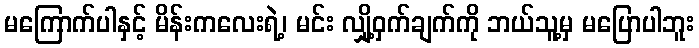
မကြောက်ပါနှင့် မိန်းကလေးရဲ့၊ မင်း လျှို့ဝှက်ချက်ကို ဘယ်သူ့မှ မပြောပါဘူး